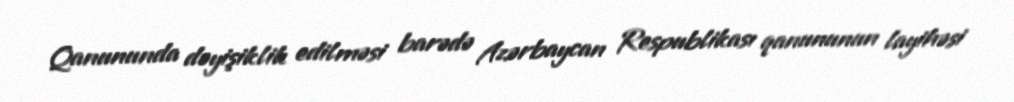
Qanununda dəyişiklik edilməsi barədə Azərbaycan Respublikası qanununun layihəsi